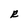
Character: R